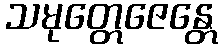
သမုတ္တေဇေန္တေ